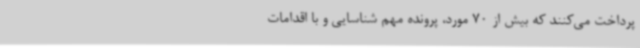
پرداخت می‌کنند که بیش از 70 مورد، پرونده مهم شناسایی و با اقدامات